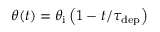
\theta ( t ) = \theta _ { \mathrm { i } } \left( 1 - { t } / { \tau _ { \mathrm { d e p } } } \right)